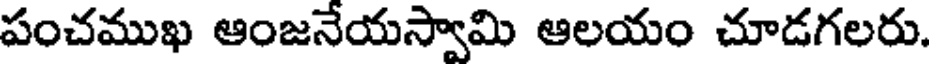
పంచముఖ ఆంజనేయస్వామి ఆలయం చూడగలరు.